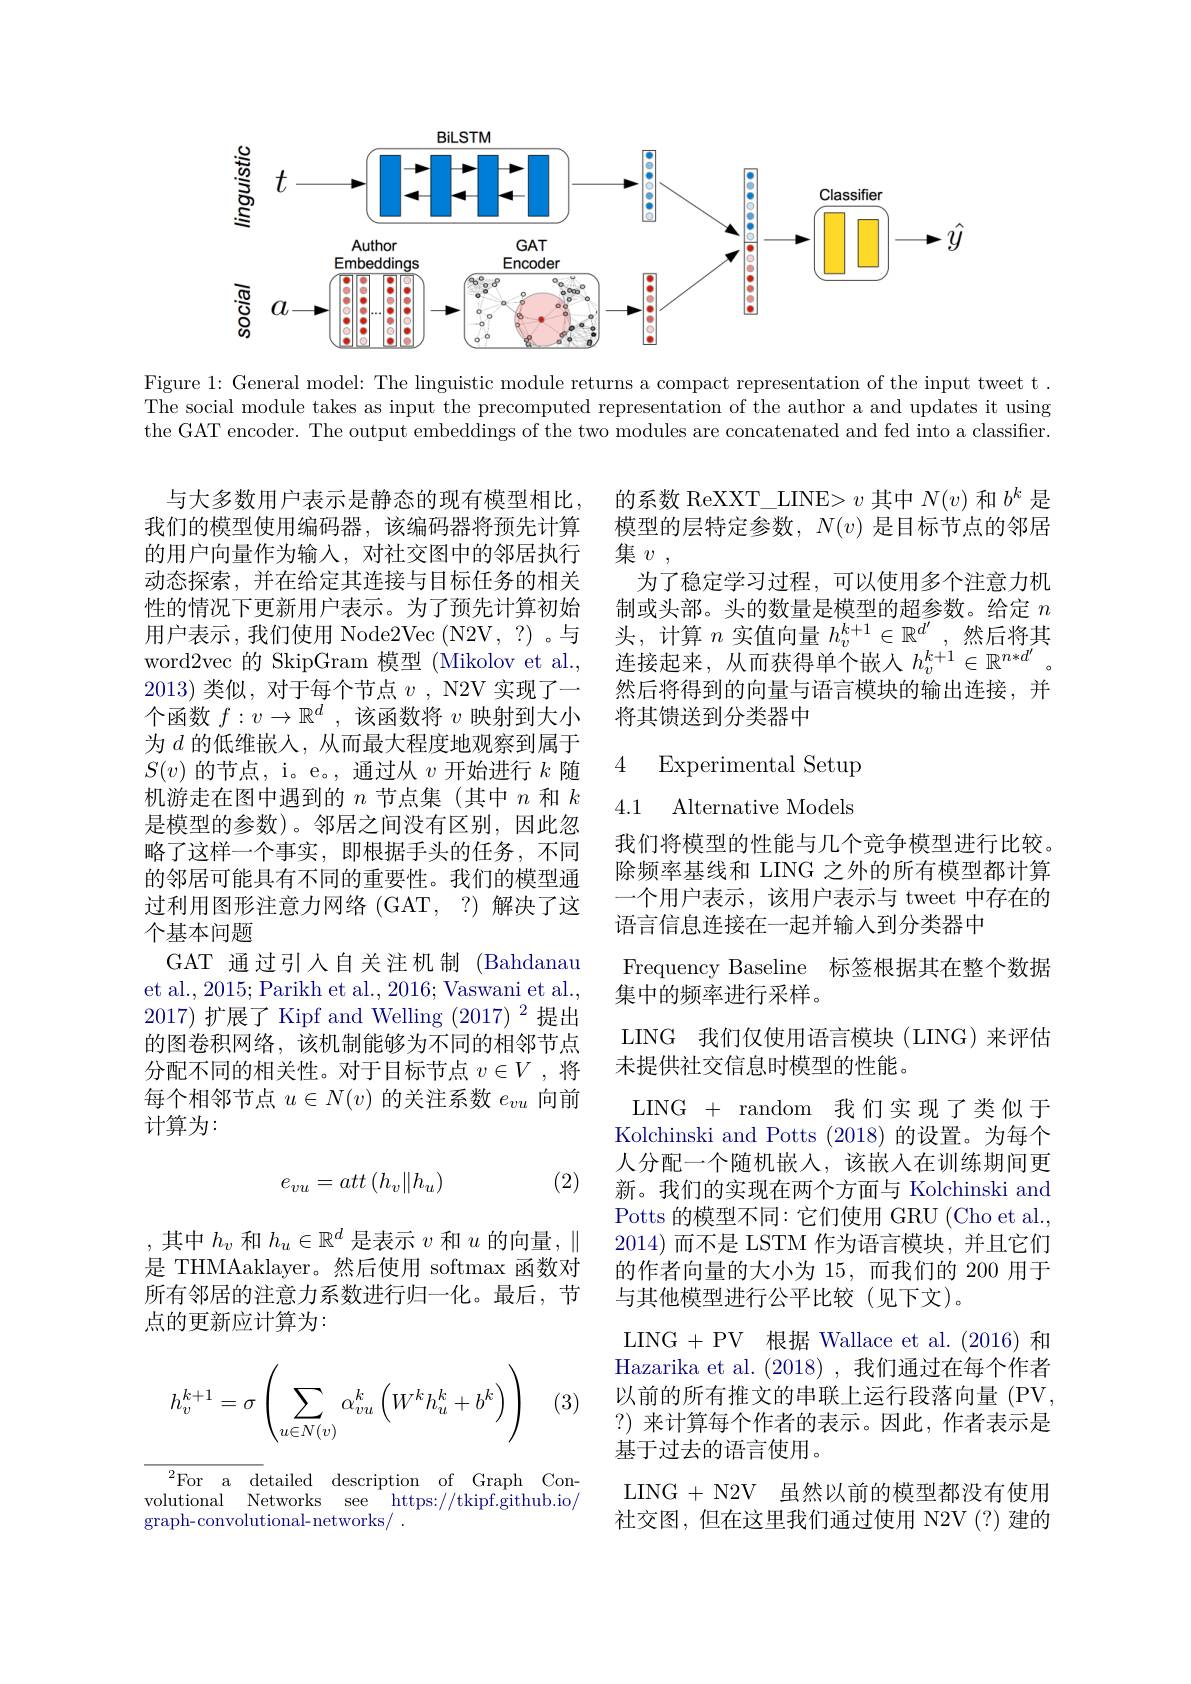
<FigureHere>

Figure 1: General model: The linguistic module returns a compact representation of the input tweet t . The social module takes as input the precomputed representation of the author a and updates it using the GAT encoder. The output embeddings of the two modules are concatenated and fed into a classifier.

的系数 ReXXT\_LINE> $v$其中$N(v)$和$b^k$是模型的层特定参数，$N(v)$是目标节点的邻居集$v$ ,
为了稳定学习过程，可以使用多个注意力机制或头部。头的数量是模型的超参数。给定$n$ 头，计算$n$实值向量$h_v^k+1\in\mathbb{R}^{d^{\prime}}$,然后将其连接起来，从而获得单个嵌人$h_v^{k+1}\in\mathbb{R}^{n*d^{\prime}}$ 然后将得到的向量与语言模块的输出连接，并将其馈送到分类器中

### 4 Experimental Setup 4.1 Alternative Models

与大多数用户表示是静态的现有模型相比， 我们的模型使用编码器，该编码器将预先计算的用户向量作为输入，对社交图中的邻居执行动态探索，并在给定其连接与目标任务的相关性的情况下更新用户表示。为了预先计算初始用户表示，我们使用 Node2Vec(N2V,?)。与word2vec 的 SkipGram 模型 (Mikolov et al., 2013)类似，对于每个节点$v$ , N2V 实现了一个函数$f:v\to\mathbb{R}^d$,该函数将$v$映射到大小为$d$的低维嵌人，从而最大程度地观察到属于$S(v)$的节点，i。e。, 通过从$v$开始进行$k$随机游走在图中遇到的$n$节点集(其中$n$和$k$ 是模型的参数)。邻居之间没有区别，因此忽略了这样一个事实，即根据手头的任务，不同的邻居可能具有不同的重要性。我们的模型通过利用图形注意力网络(GAT,?)解决了这个基本问题
GAT 通过引人自关注机制 (Bahdanau et al., 2015; Parikh et al., 2016; Vaswani et al., 2017)扩展了 Kipf and Welling (2017)$^2$提出的图卷积网络，该机制能够为不同的相邻节点分配不同的相关性。对于目标节点$v\in V$ ,将每个相邻节点$u\in N(v)$的关注系数$e_vu$向前计算为：

(2)

我们将模型的性能与几个竞争模型进行比较。除频率基线和 LING 之外的所有模型都计算一个用户表示，该用户表示与 tweet 中存在的语言信息连接在一起并输入到分类器中
Frequency Baseline 标签根据其在整个数据
集中的频率进行采样。
LING 我们仅使用语言模块(LING)来评估
未提供社交信息时模型的性能。
LING + random 我们实现了类似于Kolchinski and Potts (2018) 的设置。为每个人分配一个随机嵌入，该嵌入在训练期间更新。我们的实现在两个方面与 Kolchinski and Potts 的模型不同：它们使用 GRU (Cho et al. 2014)而不是 LSTM 作为语言模块，并且它们的作者向量的大小为 15,而我们的 200 用于与其他模型进行公平比较(见下文)。
LING +PV 根据 Wallace et al.(2016) 和Hazarika et al. (2018) ,我们通过在每个作者以前的所有推文的串联上运行段落向量 (PV ?)来计算每个作者的表示。因此，作者表示是基于过去的语言使用。
LING + N2V 虽然以前的模型都没有使用社交图，但在这里我们通过使用 N2V(?)建的
$$e_{vu}=att\left(h_v\|h_u\right)$$
,其中$h_v$和$h_u\in\mathbb{R}^d$是表示$v$和$u$的向量$,\|$ 是 THMAaklayer。然后使用 softmax 函数对所有邻居的注意力系数进行归一化。最后，节点的更新应计算为：
$$h_v^{k+1}=\sigma\left(\sum_{u\in N(v)}\alpha_{vu}^k\left(W^kh_u^k+b^k\right)\right)$$
(3

$^{2}$For a detailed description of Graph Convolutional Networks see https://tkipf.github.io/ graph-convolutional-networks/ .